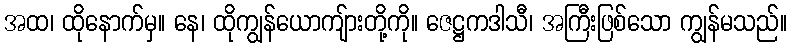
အထ၊ ထိုနောက်မှ။ နေ၊ ထိုကျွန်ယောကျ်ားတို့ကို။ ဇေဋ္ဌကဒါသီ၊ အကြီးဖြစ်သော ကျွန်မသည်။